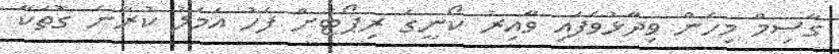
ގާސިމް މިހެން ވިދާޅުވެފައި ވާއިރު ކޯނީގެ ރިޕޯޓަށް ފަހު އަމަލު ކުރާނެ ގޮތަކާ